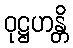
ဝုဋ္ဌဟန္တိ